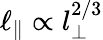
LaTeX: \ell_{\parallel}\propto l_{\perp}^{2/3}